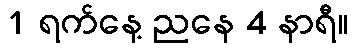
1 ရက်နေ့ ညနေ 4 နာရီ။